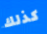
كذلك